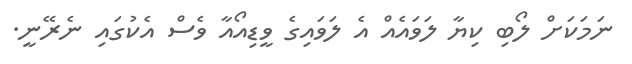
ނަމަކަށް ލޯބި ކިޔާ ލަވައެއް އެ ލަވައިގެ ވީޑިއޯއާ ވެސް އެކުގައި ނެރޭނީ.